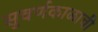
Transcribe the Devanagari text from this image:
सुवर्णकाळाची